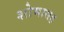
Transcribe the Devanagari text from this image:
शोभासह